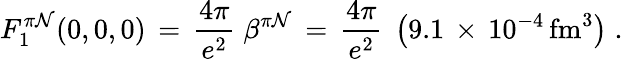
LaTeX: F_{1}^{\pi\mathcal{N}}(0,0,0)\, =\, {\frac{{4\pi}}{{e^{2}}}}\; \beta^{\pi\mathcal{N}}\, =\, {\frac{{4\pi}}{{e^{2}}}}\; \left(9.1\, \times\, 10^{-4}\, \mathrm{{fm}}^{3}\right)\; .